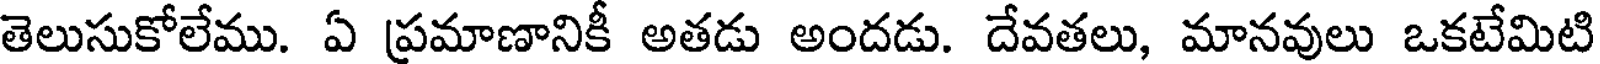
తెలుసుకోలేము. ఏ ప్రమాణానికీ అతడు అందడు. దేవతలు, మానవులు ఒకటేమిటి